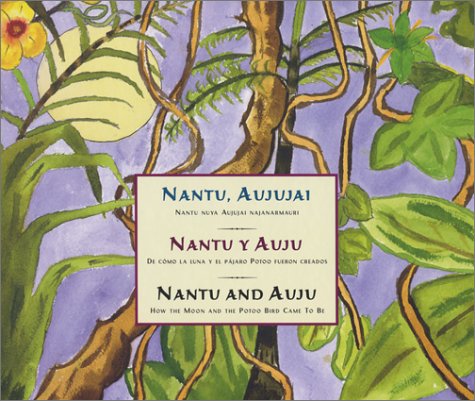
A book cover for Nantu and Auju (Multilingual Edition); Alejandro Taish Mayaprua; Children's Books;